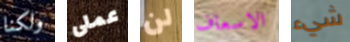
ولكنا عملى لن الاسعاف شيء